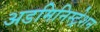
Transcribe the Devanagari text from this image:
अडमिनिस्ट्रेशन